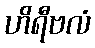
ဟိရီဗလံ